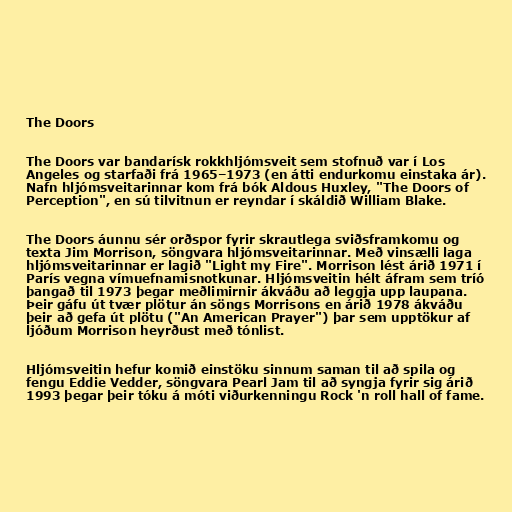
The Doors

The Doors var bandarísk rokkhljómsveit sem stofnuð var í Los
Angeles og starfaði frá 1965–1973 (en átti endurkomu einstaka ár).
Nafn hljómsveitarinnar kom frá bók Aldous Huxley, "The Doors of
Perception", en sú tilvitnun er reyndar í skáldið William Blake.

The Doors áunnu sér orðspor fyrir skrautlega sviðsframkomu og
texta Jim Morrison, söngvara hljómsveitarinnar. Með vinsælli laga
hljómsveitarinnar er lagið "Light my Fire". Morrison lést árið 1971 í
París vegna vímuefnamisnotkunar. Hljómsveitin hélt áfram sem tríó
þangað til 1973 þegar meðlimirnir ákváðu að leggja upp laupana.
Þeir gáfu út tvær plötur án söngs Morrisons en árið 1978 ákváðu
þeir að gefa út plötu ("An American Prayer") þar sem upptökur af
ljóðum Morrison heyrðust með tónlist.

Hljómsveitin hefur komið einstöku sinnum saman til að spila og
fengu Eddie Vedder, söngvara Pearl Jam til að syngja fyrir sig árið
1993 þegar þeir tóku á móti viðurkenningu Rock 'n roll hall of fame.